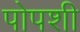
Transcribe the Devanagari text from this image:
पोपशी